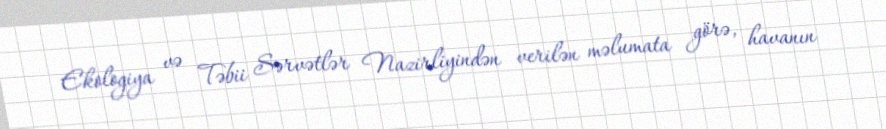
Ekologiya və Təbii Sərvətlər Nazirliyindən verilən məlumata görə, havanın